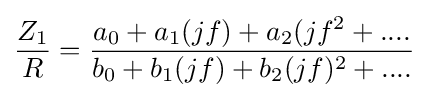
{\frac {Z_{1}}{R}}={\frac {a_{0}+a_{1}(jf)+a_{2}(jf^{2}+....}{b_{0}+b_{1}(jf)+b_{2}(jf)^{2}+....}}